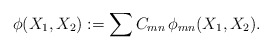
\begin{align*}\phi (X_{1},X_{2}):=\sum C_{mn}\,\phi _{mn}(X_{1},X_{2}). \end{align*}